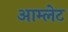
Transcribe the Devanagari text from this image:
आम्‍लेट